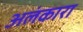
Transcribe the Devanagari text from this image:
अलंकारा